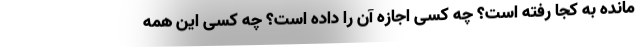
مانده به کجا رفته است؟ چه کسی اجازه آن را داده است؟ چه کسی این همه